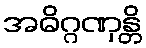
အဓိဂ္ဂဏှန္တိ